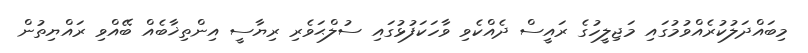
މިބައްދަލުކުރެއްވުމުގައި މަޖިލީހުގެ ރައީސް ދެއްކެވި ވާހަކަފުޅުގައި ސުލްޙަވެރި ރިޔާސީ އިންތިޚާބެއް ބޭއްވި ރައްޔިތުން